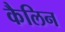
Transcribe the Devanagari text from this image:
कैलिन